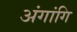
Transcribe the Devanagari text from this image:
अंगांगि